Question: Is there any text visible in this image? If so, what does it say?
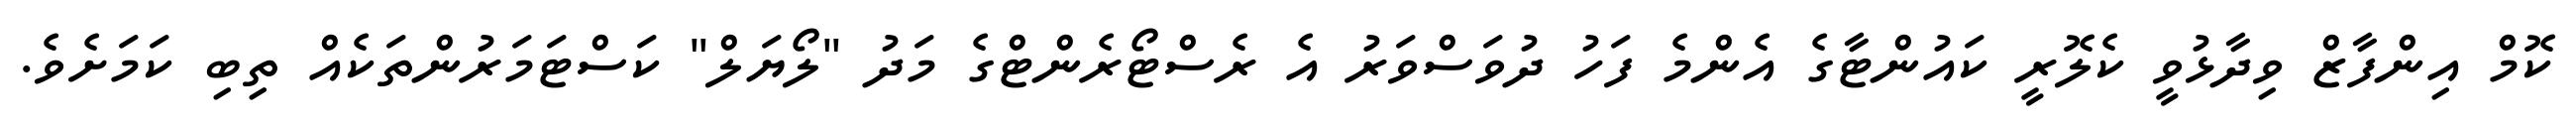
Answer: ކޮމް އިންފާޒް ވިދާޅުވީ ކެލޮރީ ކައުންޓާގެ އެންމެ ފަހު ދުވަސްވަރު އެ ރެސްޓޯރެންޓްގެ މަދު "ލޯޔަލް" ކަސްޓަމަރުންތަކެއް ތިބި ކަމަށެވެ.